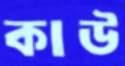
কাউ